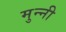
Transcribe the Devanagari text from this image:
मुन्‍नी